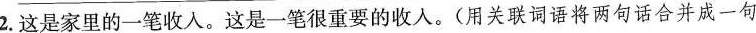
2.这是家里的一笔收入。这是一笔很重要的收入。(用关联词语将两句话合并成一句